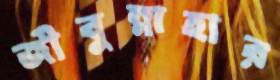
জীবুন্নাহার